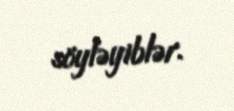
söyləyiblər.